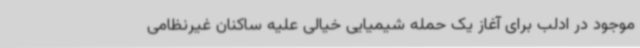
موجود در ادلب برای آغاز یک حمله شیمیایی خیالی علیه ساکنان غیرنظامی